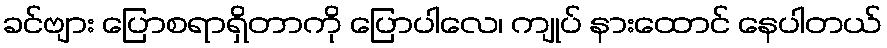
ခင်ဗျား ပြောစရာရှိတာကို ပြောပါလေ၊ ကျုပ် နားထောင် နေပါတယ်